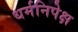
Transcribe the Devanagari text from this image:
धर्मनिपेक्ष